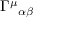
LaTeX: \Gamma ^ { \mu } { } _ { \alpha \beta }